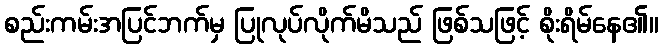
စည်းကမ်းအပြင်ဘက်မှ ပြုလုပ်လိုက်မိသည် ဖြစ်သဖြင့် စိုးရိမ်နေ၏။